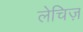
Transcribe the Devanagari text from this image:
लेचिज़